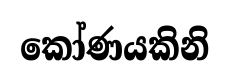
කෝණයකිනි